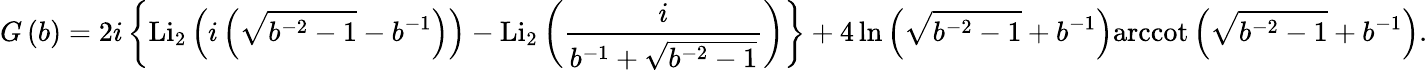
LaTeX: G\left(b\right)=2i\left\{ \mathrm{L}{{\mathrm{i}}_{2}}\left(i\left(\sqrt{{{b}^{-2}}-1}-{{b}^{-1}}\right)\right)-\mathrm{L}{{\mathrm{i}}_{2}}\left(\frac{i}{{{b}^{-1}}+\sqrt{{{b}^{-2}}-1}}\right)\right\} +4\ln\left(\sqrt{{{b}^{-2}}-1}+{{b}^{-1}}\right)\mathrm{arccot}\left(\sqrt{{{b}^{-2}}-1}+{{b}^{-1}}\right).